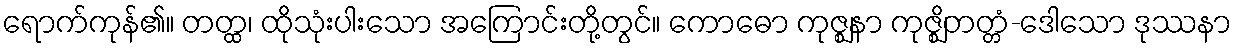
ရောက်ကုန်၏။ တတ္ထ၊ ထိုသုံးပါးသော အကြောင်းတို့တွင်။ ကောဓော ကုဇ္ဈနာ ကုဇ္ဈိတတ္တံ-ဒေါသော ဒုဿနာ